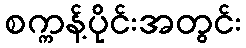
စက္ကန့်ပိုင်းအတွင်း